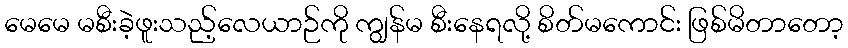
မေမေ မစီးခဲ့ဖူးသည့်လေယာဉ်ကို ကျွန်မ စီးနေရလို့ စိတ်မကောင်း ဖြစ်မိတာတော့